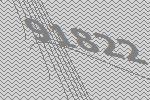
91822